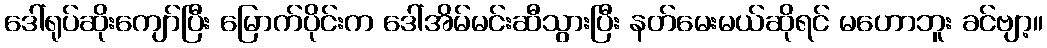
ဒေါ်ရုပ်ဆိုးကျော်ပြီး မြောက်ပိုင်းက ဒေါ်အိမ်မင်းဆီသွားပြီး နတ်မေးမယ်ဆိုရင် မဟောဘူး ခင်ဗျာ့။